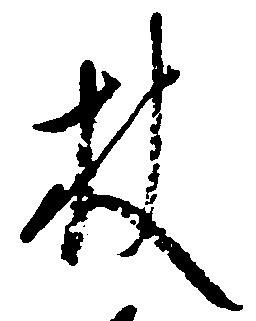
枚